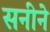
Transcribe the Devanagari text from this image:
सनीने